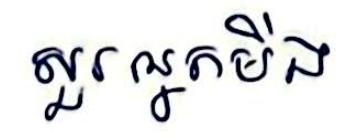
សួរអ្នកមីង